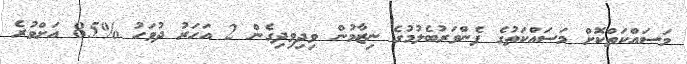
މަސައްކަތްކޮށް މަސައްކަތުގެ ފެންވަރުބެލުމުގެ ނިޒާމުން ވިދިވިދިގެން 2 އަހަރު ދުވަހު %85 އަށްވުރެ